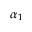
\alpha _ { 1 }